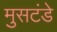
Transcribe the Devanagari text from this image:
मुसटंडे